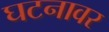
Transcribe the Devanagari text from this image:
घटनावर